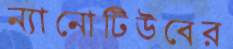
ন্যানোটিউবের